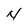
Character: N